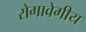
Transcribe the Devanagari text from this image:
रोगावेगीय